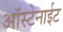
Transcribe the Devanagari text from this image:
ऑस्टेनाईट